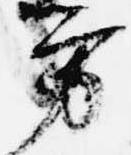
方